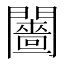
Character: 𨷗